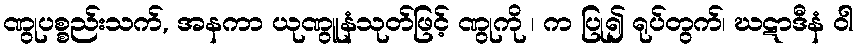
ဏွုပစ္စည်းသက်, အနကာ ယုဏွူနံသုတ်ဖြင့် ဏွုကို ၊ က ပြု၍ ရုပ်တွက်၊ ဃဋာဒီနံ ဝါ